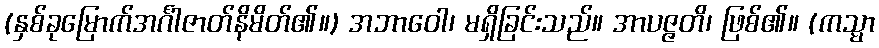
(နှစ်ခုမြောက်အင်္ဂါဇာတ်နိမိတ်၏။) အဘာဝေါ၊ မရှိခြင်းသည်။ အာပဇ္ဇတိ၊ ဖြစ်၏။ (ကသ္မာ